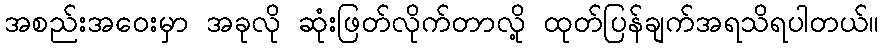
အစည်းအဝေးမှာ အခုလို ဆုံးဖြတ်လိုက်တာလို့ ထုတ်ပြန်ချက်အရသိရပါတယ်။